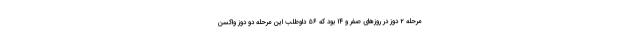
مرحله ۲ دوز در روزهای صفر و ۱۴ بود که ۵۶ داوطلب این مرحله دو دوز واکسن